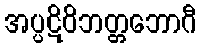
အပ္ပဋိဝိဘတ္တဘောဂီ